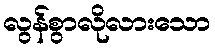
လွန်စွာလိုလားသော